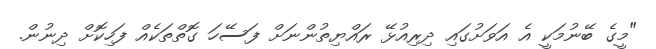
"މީގެ ބޭނުމަކީ އެ އަވަށުގައި ދިރިއުޅޭ ރައްޔިތުންނަށް ފަސޭހަ ގޮތްތަކެއް ފަހިކޮށް ދިނުން.